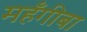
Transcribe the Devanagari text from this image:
महँगीबा